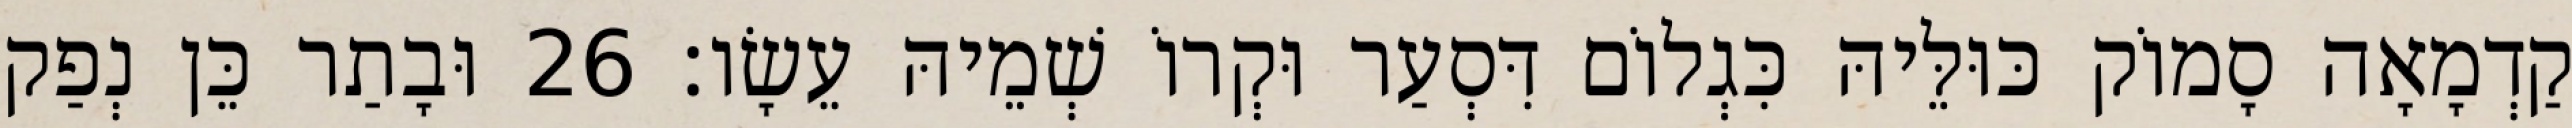
קַדְמָאָה סָמוֹק כּוּלֵּיהּ כִּגְלוֹם דִּסְעַר וּקְרוֹ שְׁמֵיהּ עֵשָׂו׃ 26 וּבָתַר כֵּן נְפַק